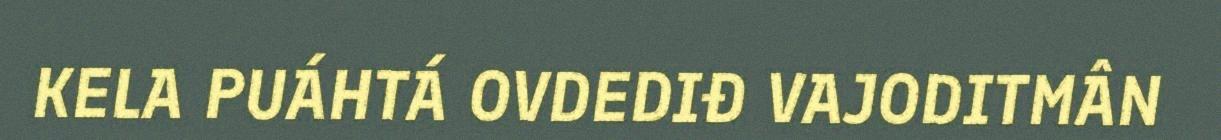
KELA PUÁHTÁ OVDEDIĐ VAJODITMÂN